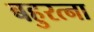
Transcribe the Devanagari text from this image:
बहुरत्ना